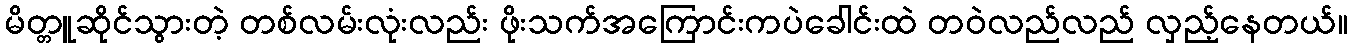
မိတ္တူဆိုင်သွားတဲ့ တစ်လမ်းလုံးလည်း ဖိုးသက်အကြောင်းကပဲခေါင်းထဲ တဝဲလည်လည် လှည့်နေတယ်။